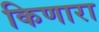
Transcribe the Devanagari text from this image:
किणारा